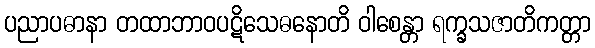
ပညာပဓာနာ တထာဘာဝပဋိသေဓနောတိ ဝါစေန္တာ ရက္ခသဇာတိကတ္တာ